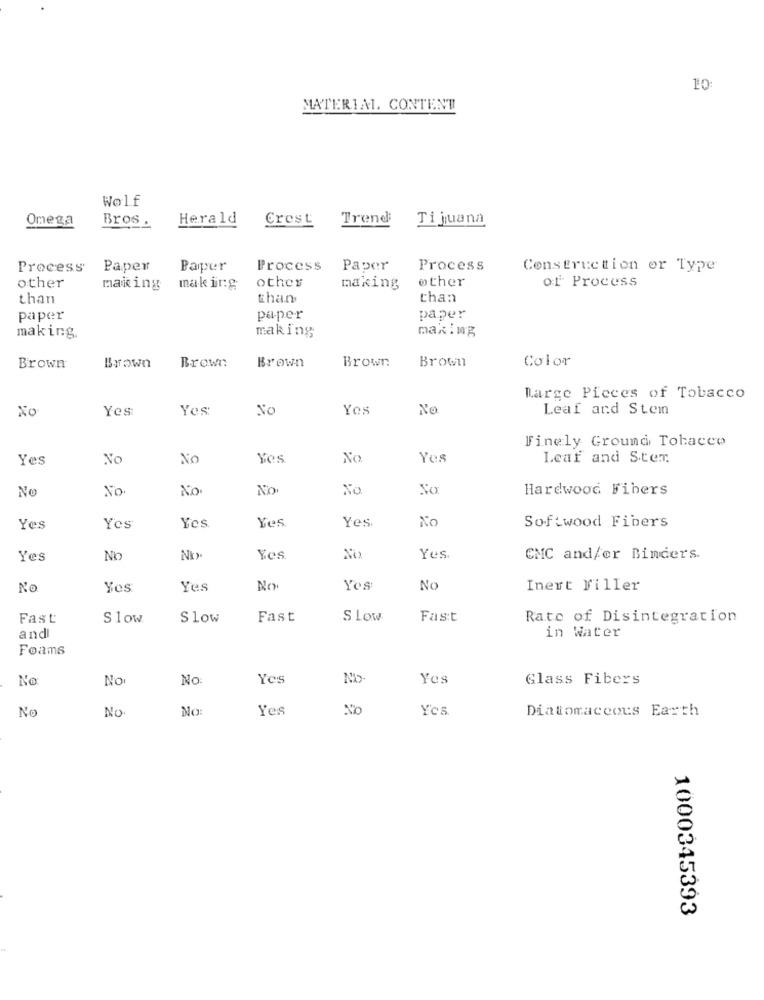
10:
MATERIAL, CONTENT
Wolf
Omega
Herald
Crest
Trend
Tijuana
Bros.
Process
Paper
Paper
Process
Paper
Process
Construction or Type
other
other
of Process
making
making
making
other
than
than
than
paper
paper
paper
making
making
making,
Brown
Brown
Brown
Color
Brown
Brown
Brown
Marge Pieces of Tobacco
Xo
Yes:
Yes:
No
Yes
No
Leaf and Stem
Finely Ground Tobacco
Yes
No
No
Yes
No
Yes
Leaf and Ster
No
No
No.
No
No
No
Hardwood Fibers
Yes
Yes.
No
Softwood Fibers
Yes
Yes
Yes
Yes
No
Yes
No
Yes.
CMC and/or Binders.
No
Yes
Yes
No
Yos
No
Inert Filler
Fast
Slow
Slow
Fast
S Low
Fast
Rate of Disintegration
in Water
and
Foams
No
No
No
Yes
No
Yes
Glass Fibers
NO.
NO:
Yes
No
Ycs.
Diatomaceous Earth
No
1000345393